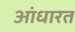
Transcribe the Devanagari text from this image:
आंधारत